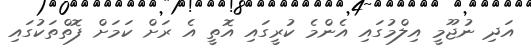
އަދި ނުޖޫމީ އިލްމުގައި އެންމެ ކުރީގައި އޮތީ އެ ރަށް ކަމަށް ފޮތްތަކުގައި